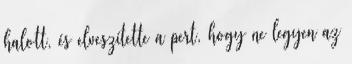
halott, és elveszítette a pert, hogy ne legyen az